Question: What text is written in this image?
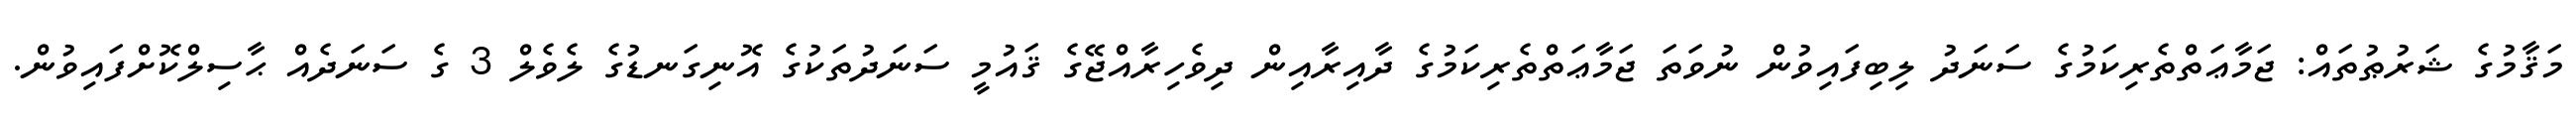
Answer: މަޤާމުގެ ޝަރުޠުތައް: ޖަމާޢަތްތެރިކަމުގެ ސަނަދު ލިބިފައިވުން ނުވަތަ ޖަމާޢަތްތެރިކަމުގެ ދާއިރާއިން ދިވެހިރާއްޖޭގެ ޤައުމީ ސަނަދުތަކުގެ އޮނިގަނޑުގެ ލެވެލް 3 ގެ ސަނަދެއް ޙާސިލްކޮށްފައިވުން.